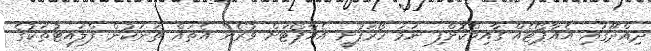
ދިއްދޫގައި އެއާޕޯޓެއް ގާއިމްކޮށްފި ނަމަ ހޯރަފުށީ އެއާޕޯޓަށް ވުރެން އެތައް ތަނަކުން ފްލައިޓުތަކުގެ